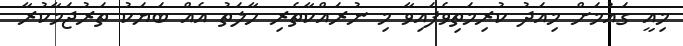
މިއީ ގައުމަށް މިއަދު ކުރިމަތިވެފައިވާ މި ނުރައްކާތެރި ހާލަތު އެއް ބަޔަކު ތަރުޖަމާކުރާ